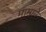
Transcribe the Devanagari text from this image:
मामाने